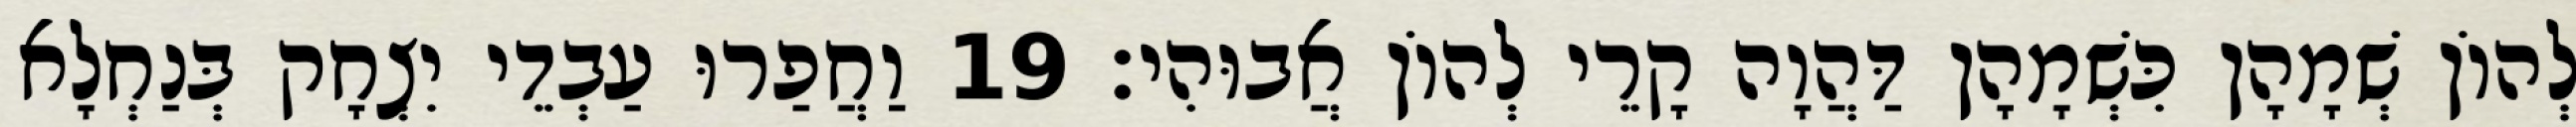
לְהוֹן שְׁמָהָן כִּשְׁמָהָן דַּהֲוָה קָרֵי לְהוֹן אֲבוּהִי׃ 19 וַחֲפַרוּ עַבְדֵי יִצְחָק בְּנַחְלָא